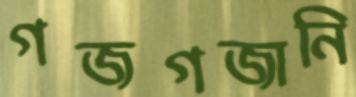
গজগজানি